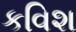
કવિશ